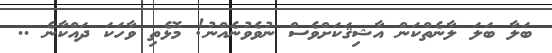
ބަލާ ބަލަ ލާނެތްކަން އާޝިޤަކަށްވެސް ނުވެވުނެއްނު! މޮޅެތި ވާހަކަ ދައްކާނެ ..